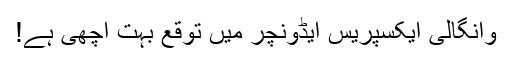
وانگالی ایکسپریس ایڈونچر میں توقع بہت اچھی ہے!